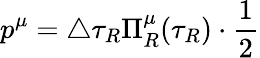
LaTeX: p^{\mu}=\triangle\tau_{R}\Pi_{R}^{\mu}(\tau_{R})\cdot\frac 12